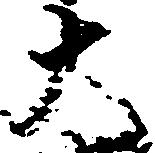
大